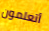
أتعلمون